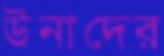
উনাদের